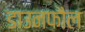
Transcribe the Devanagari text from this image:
डाउनफौल